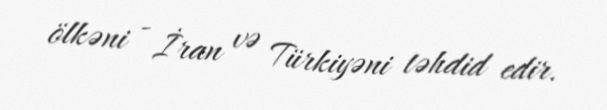
ölkəni - İran və Türkiyəni təhdid edir.